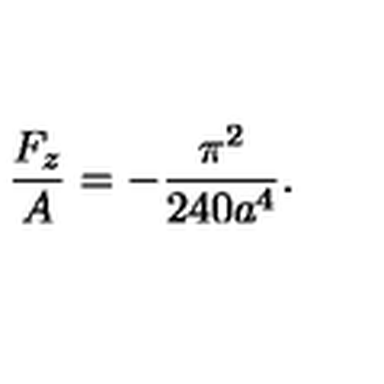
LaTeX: \frac { F _ { z } } { A } = - \frac { \pi ^ { 2 } } { 2 4 0 a ^ { 4 } } .